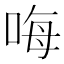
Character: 𠳨